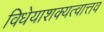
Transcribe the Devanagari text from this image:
विधेयाशक्यत्वात्तव